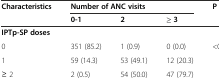
| <ROWSPAN=2> Characteristics | <COLSPAN=3> Number of ANC visits | <ROWSPAN=2> P |
 | 0-1 | 2 | ≥ 3 |
 | --- | --- | --- | --- | --- |
 | IPTp-SP doses |  |  |  |  |
 | 0 | 351 (85.2) | 1 (0.9) | 0 (0.0) | <ROWSPAN=3> <0.001f |
 | 1 | 59 (14.3) | 53 (49.1) | 12 (20.3) |
 | ≥ 2 | 2 (0.5) | 54 (50.0) | 47 (79.7) |